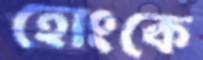
হোংকে